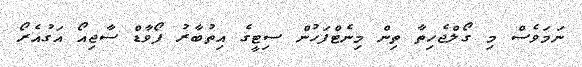
ނަމަވެސް މި ގޯލްޖެހިތާ ތިން މިނެޓްފަހުން ސިޓީގެ އިތުބާރު ފޯވާޑް ސާޖިއޯ އަގުއެރޯ